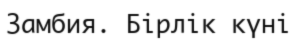
Замбия. Бірлік күні